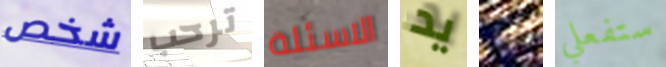
شخص ترحب الاسئلة يد انا ستفعلي